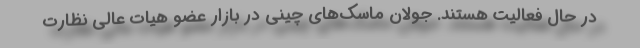
در حال فعالیت هستند. جولان ماسک‌های چینی در بازار عضو هیات عالی نظارت